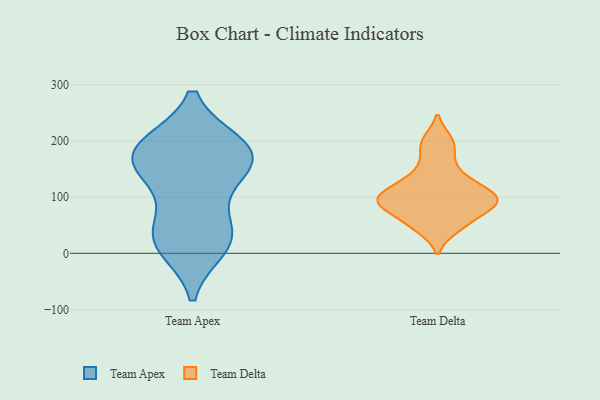
{"axis": {"x": "LTV (USD)", "y": "Value"}, "legend": ["Team Apex", "Team Delta"], "data": [{"x": "", "y": 191, "type": "Team Apex"}, {"x": "", "y": 29, "type": "Team Apex"}, {"x": "", "y": 184, "type": "Team Apex"}, {"x": "", "y": 190, "type": "Team Apex"}, {"x": "", "y": 32, "type": "Team Apex"}, {"x": "", "y": 159, "type": "Team Apex"}, {"x": "", "y": 13, "type": "Team Apex"}, {"x": "", "y": 162, "type": "Team Apex"}, {"x": "", "y": 35, "type": "Team Apex"}, {"x": "", "y": 120, "type": "Team Apex"}, {"x": "", "y": 171, "type": "Team Apex"}, {"x": "", "y": 133, "type": "Team Delta"}, {"x": "", "y": 142, "type": "Team Delta"}, {"x": "", "y": 115, "type": "Team Delta"}, {"x": "", "y": 48, "type": "Team Delta"}, {"x": "", "y": 103, "type": "Team Delta"}, {"x": "", "y": 45, "type": "Team Delta"}, {"x": "", "y": 171, "type": "Team Delta"}, {"x": "", "y": 90, "type": "Team Delta"}, {"x": "", "y": 95, "type": "Team Delta"}, {"x": "", "y": 198, "type": "Team Delta"}, {"x": "", "y": 81, "type": "Team Delta"}, {"x": "", "y": 117, "type": "Team Delta"}, {"x": "", "y": 88, "type": "Team Delta"}, {"x": "", "y": 200, "type": "Team Delta"}, {"x": "", "y": 55, "type": "Team Delta"}, {"x": "", "y": 99, "type": "Team Delta"}, {"x": "", "y": 79, "type": "Team Delta"}, {"x": "", "y": 93, "type": "Team Delta"}]}